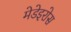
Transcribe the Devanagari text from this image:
मेडेइरोस